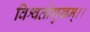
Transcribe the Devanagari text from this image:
विश्वतोमुखम्‌।।